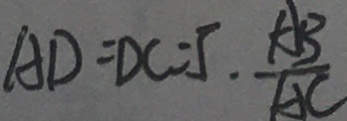
A D = D C = 5 \cdot \frac { A B } { A C }